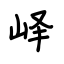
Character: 峄